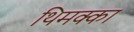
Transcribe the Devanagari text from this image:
थिमक्का